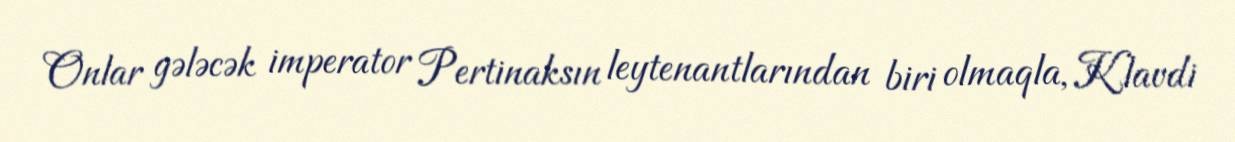
Onlar gələcək imperator Pertinaksın leytenantlarından biri olmaqla, Klavdi